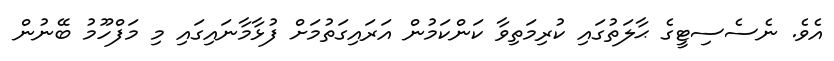
އެވެ. ނެސެސިޓީގެ ޙާލަތުގައި ކުރިމަތިވާ ކަންކަމުން އަރައިގަތުމަށް ފުޅާމާނައިގައި މި މަފްހޫމު ބޭނުން